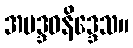
အမဒ္ဒဝနိဒ္ဒေသ။